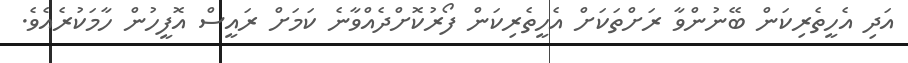
އަދި އެހީތެރިކަން ބޭނުންވާ ރަށްތަކަށް އެހީތެރިކަން ފޯރުކޮށްދެއްވާނެ ކަމަށް ރައީސް އޮފީހުން ހާމަކުރެއެވެ.